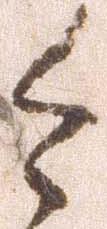
今